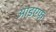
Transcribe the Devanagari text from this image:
आइएफ